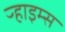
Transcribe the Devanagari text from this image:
ऱ्हाइम्स